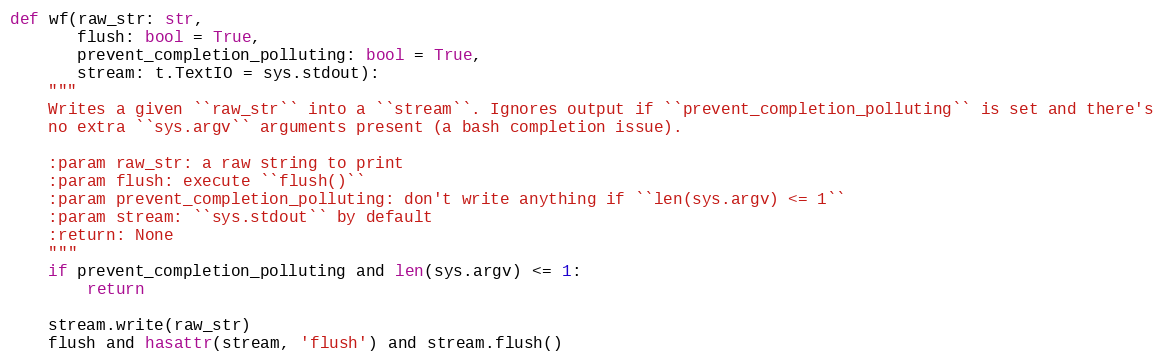
Language: Python
def wf(raw_str: str,
       flush: bool = True,
       prevent_completion_polluting: bool = True,
       stream: t.TextIO = sys.stdout):
    """
    Writes a given ``raw_str`` into a ``stream``. Ignores output if ``prevent_completion_polluting`` is set and there's
    no extra ``sys.argv`` arguments present (a bash completion issue).

    :param raw_str: a raw string to print
    :param flush: execute ``flush()``
    :param prevent_completion_polluting: don't write anything if ``len(sys.argv) <= 1``
    :param stream: ``sys.stdout`` by default
    :return: None
    """
    if prevent_completion_polluting and len(sys.argv) <= 1:
        return

    stream.write(raw_str)
    flush and hasattr(stream, 'flush') and stream.flush()